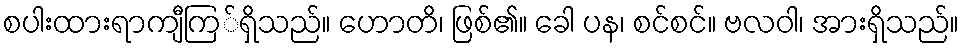
စပါးထားရာကျီကြ်ရှိသည်။ ဟောတိ၊ ဖြစ်၏။ ခေါ ပန၊ စင်စင်။ ဗလဝါ၊ အားရှိသည်။